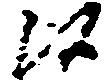
候